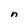
Character: n